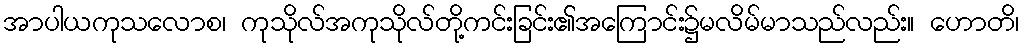
အာပါယကုသလောစ၊ ကုသိုလ်အကုသိုလ်တို့ကင်းခြင်း၏အကြောင်း၌မလိမ်မာသည်လည်း။ ဟောတိ၊